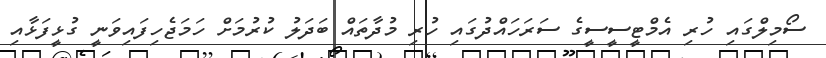
ސޯމިލްގައި ހުރި އެމްޓީސީސީގެ ސަރަހައްދުގައި ހުރި މުދާތައް ބަދަލު ކުރުމަށް ހަމަޖެހިފައިވަނީ ގުޅީފަޅާއި